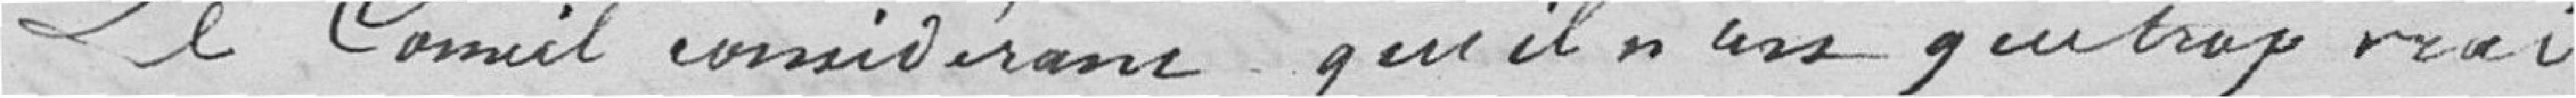
Le Conseil considérant qu'il n'est que trop vrai